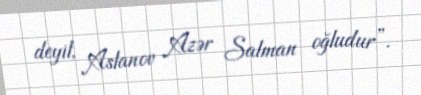
deyil, Aslanov Azər Salman oğludur”.